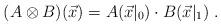
LaTeX: \begin{align*}(A\otimes B)(\vec{x})=A(\vec{x}\rvert_0)\cdot B(\vec{x}\rvert_1)\;.\end{align*}